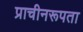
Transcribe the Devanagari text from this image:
प्राचीनरूपता